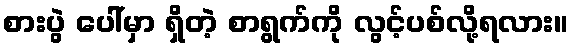
စားပွဲ ပေါ်မှာ ရှိတဲ့ စာရွက်ကို လွင့်ပစ်လို့ရလား။